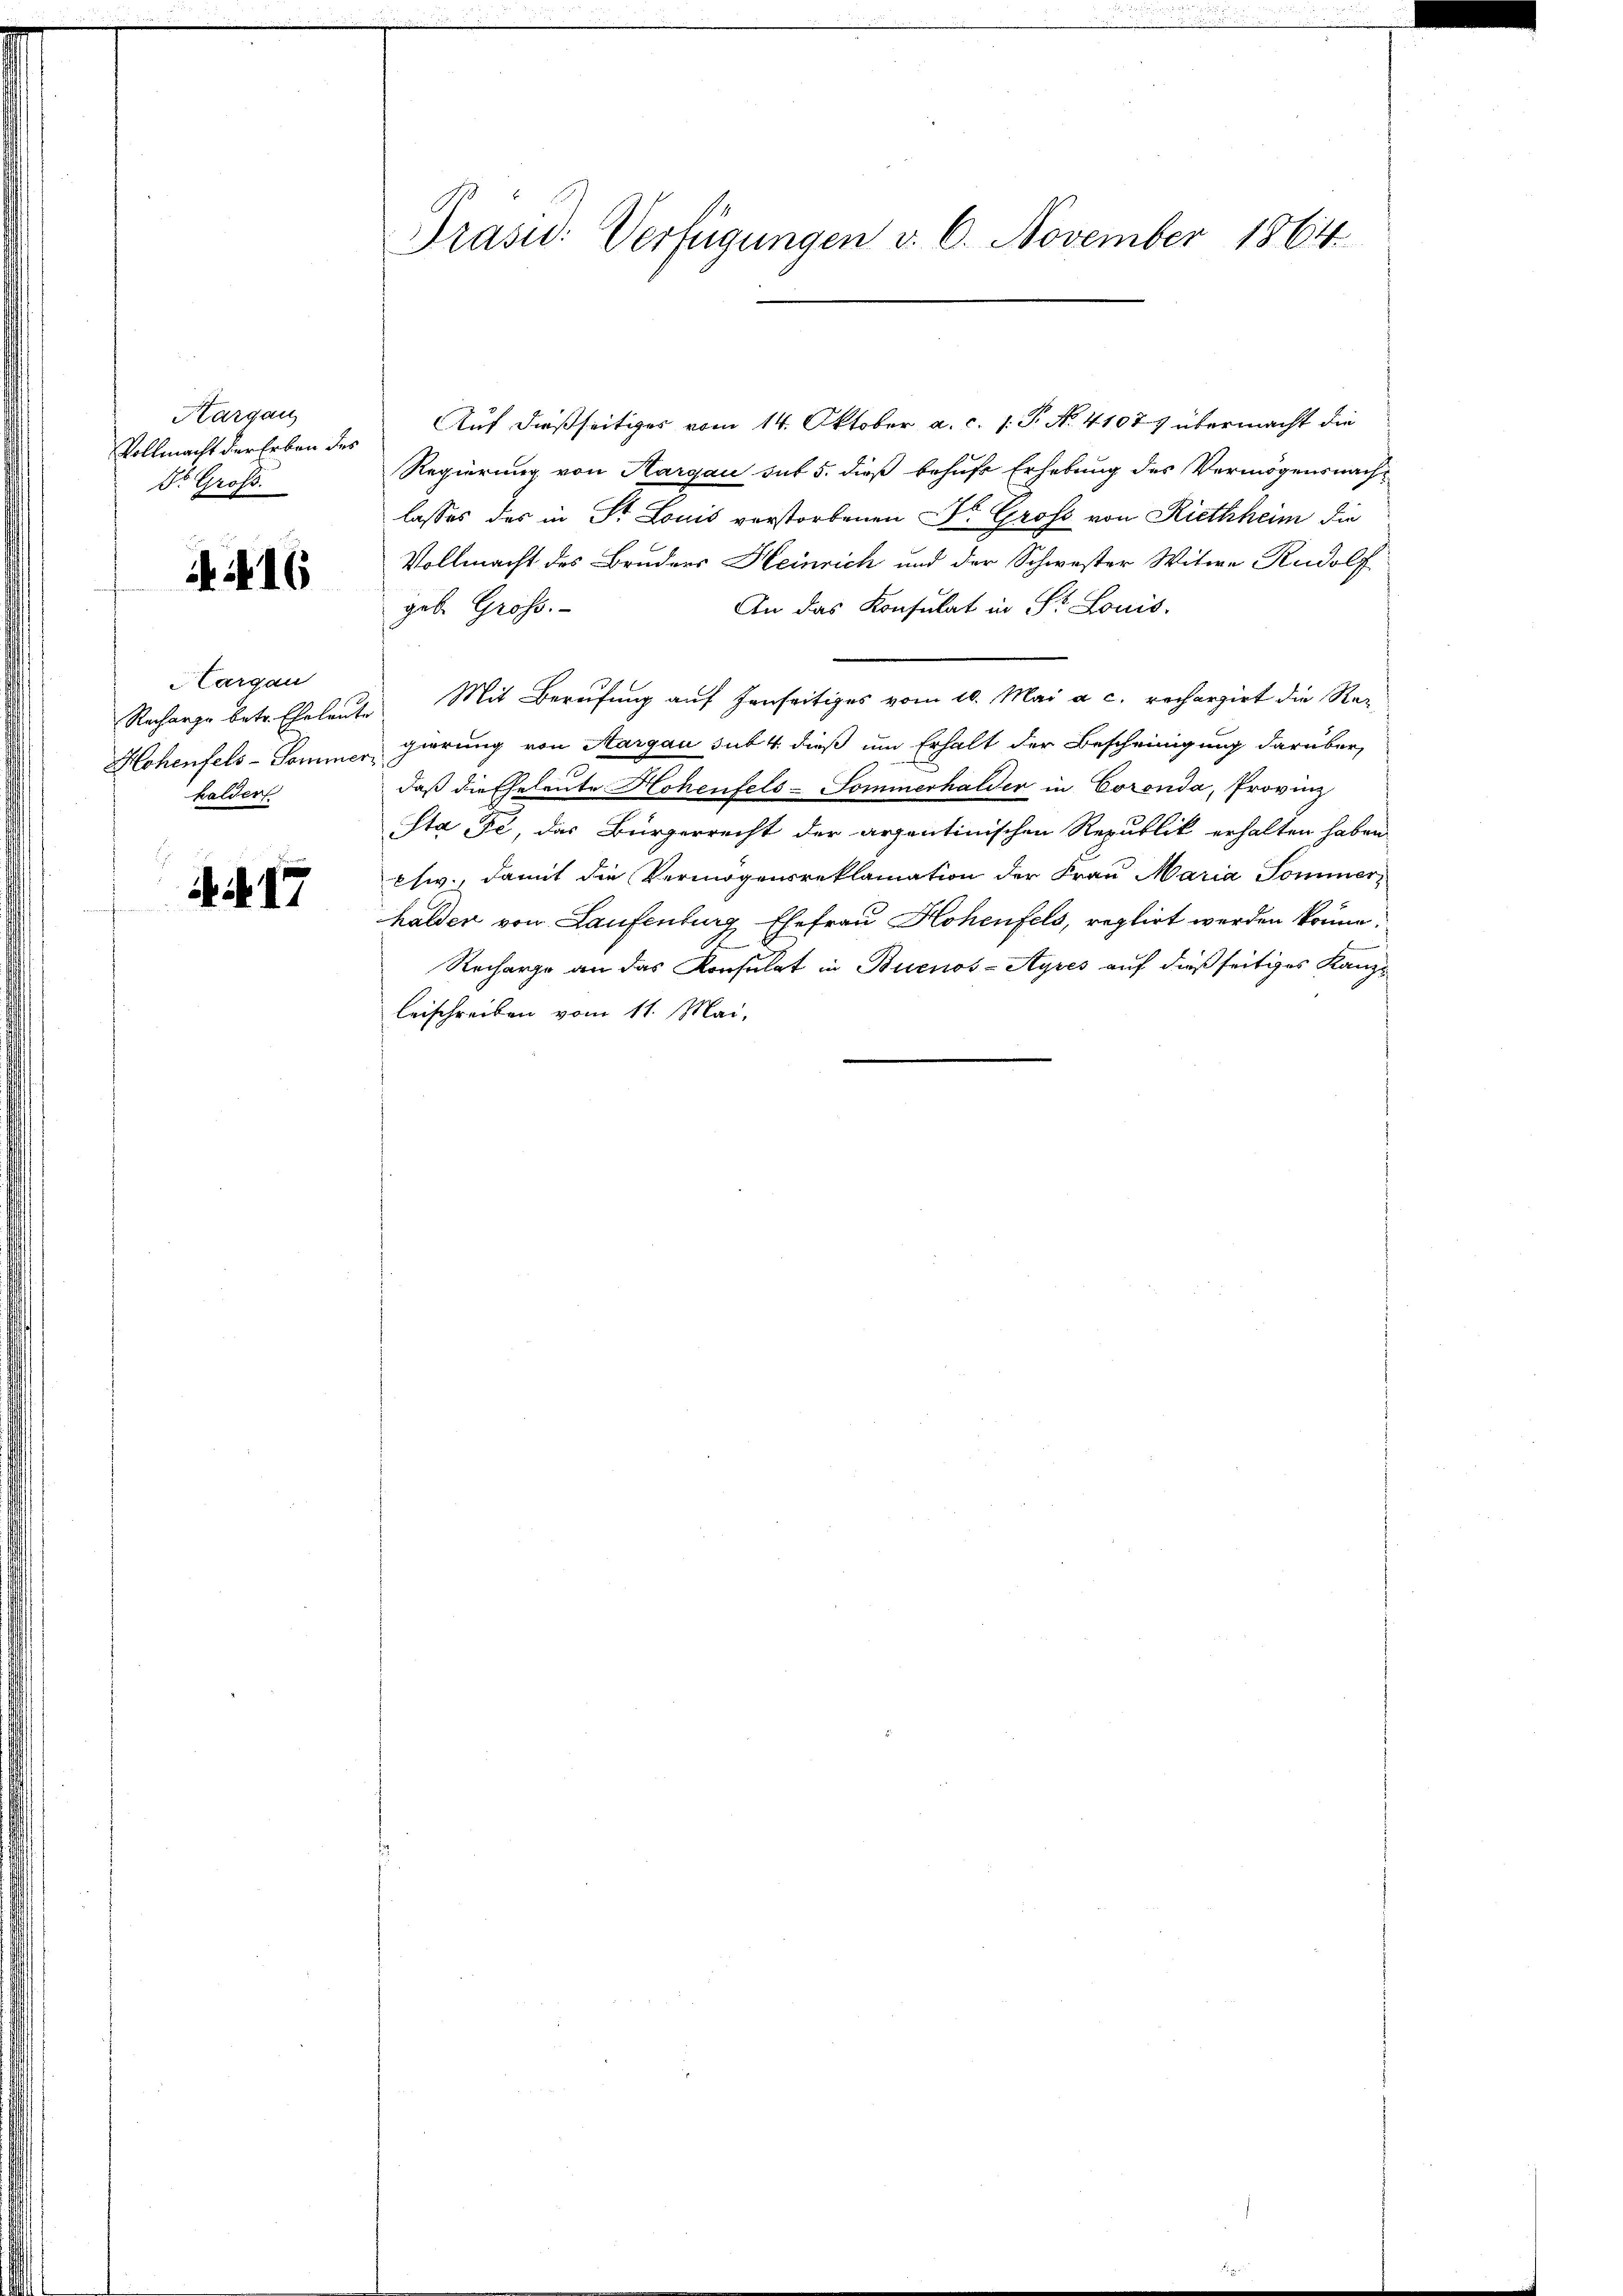
Kargau
Vollmacht der Erben des
Dr. Groß

416

Hargau
halder

17

Auf dießseitiges vom 14. Oktober a. c. 1. P. N. 41077 übermacht die
Regierung von Hargau sub 5. dieß behufe Erhebung des Vermögensnach-
lasses des in St. Louis verstorbenen Dr. Gross von Riethheim die
Vollmacht des Bruders Heinrich und der Schwester Witwe Rudolf
An das Konsulat in St. Louis.
geb. Gross.
Recharge betr. Eheleute Mit Berufung auf denseitiges vom 10. Mai a. c. recherzirt die Re-
Hohenfels-Sommer, gierung von Aargau sub. 4. dieß um Erhalt der Bescheinigung darüber,
daß die Eheleute Hohenfels-Sommerhalder in Coronda, Provinz
Sta Fe, das Bürgerrecht der arzantinischen Republik erhalten haben
phwv., damit die Vermögensreklamation der Frau Maria Sommer
halden von Laufenburg Ehefrau Hohenfels, reglirt werden könne.
Recharge an das Konsulat in Buenos-Ayres auf dießseitiges Kanz-
leischreiben vom 11. Mai,

Präsid. Verfügungen v. 6. November 1864.